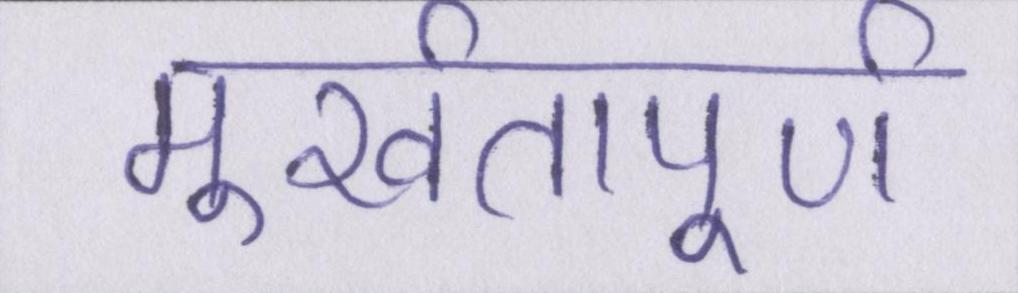
मूर्खतापूर्ण